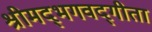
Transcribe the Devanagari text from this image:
श्रीमद्‌भगवद्‍गीता